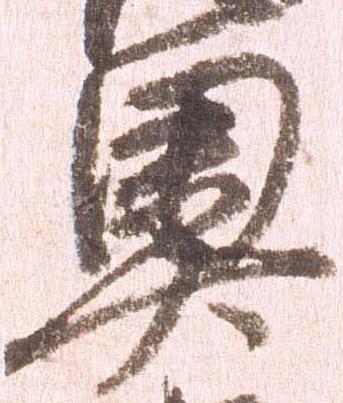
奥